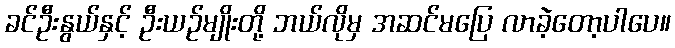
ခင်ဦးနွယ်နှင့် ဦးယဉ်မျိုးတို့ ဘယ်လိုမှ အဆင်မပြေ လာခဲ့တော့ပါပေ။